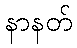
နာနတ်